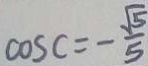
\cos C = - \frac { \sqrt { 5 } } { 5 }